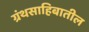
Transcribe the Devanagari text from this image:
ग्रंथसाहिबातील